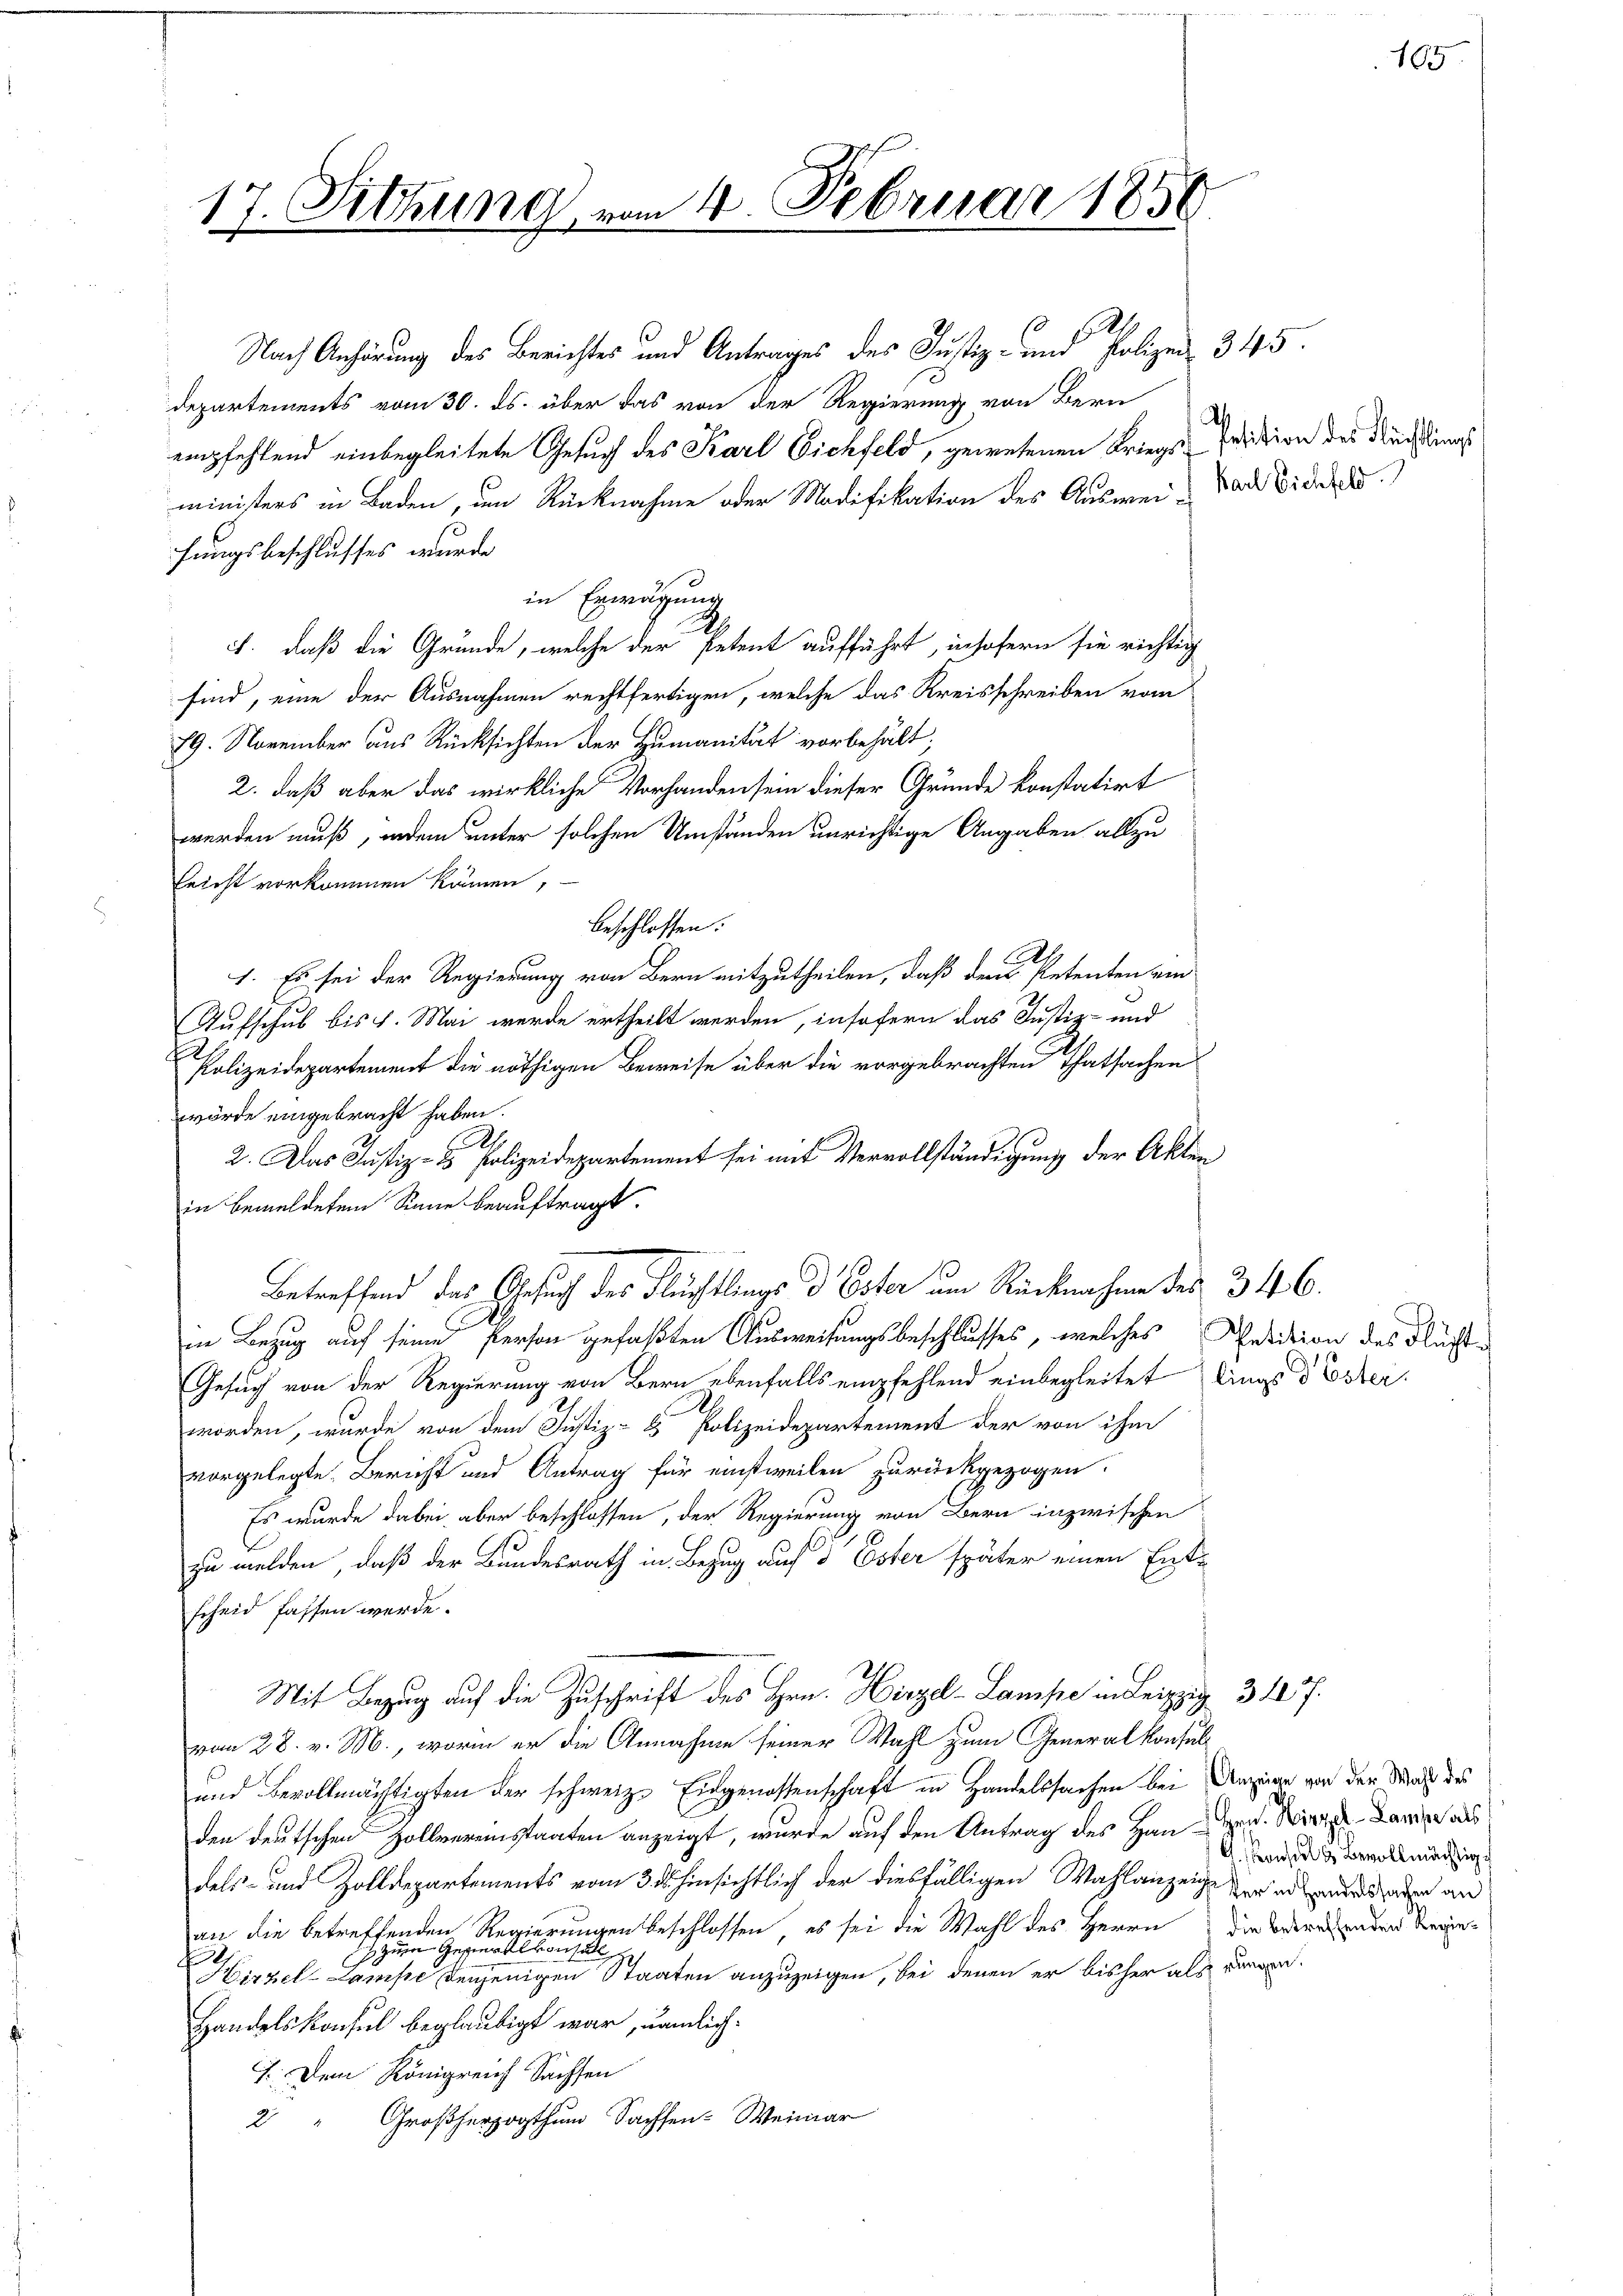
17. Sitzung vom 4. Februar 1850

Nach Anhörung des Berichtes und Antrages des Justiz- und Polizei 345.
Departements vom 30. ds. über das von der Regierung von Bern
empfehlend einbegleitete Gesuch des Karl Eichfeld, gewesenen Kriegsministers in Baden, um Rücknahme oder Modifikation des Auswei- da wider
hungsbeschlusses wurde
in Erwägung
2.
ct. daß die Gründe, welche der Petent aufführt, insofern sie richtig
sind, eine der Ausnahmen rechtfertigen, welche das Kreisschreiben vom
79. November aus Rücksichten der Humanität vorbehält.
2. daß aber das wirkliche Vorhanden sein dieser Gründe konstatirt
werden muß, indem unter solchen Umständen unrichtige Angaben allzu
Ericht vorkommen können,
beschlossen:
1. Es sei der Regierung von Bern mitzutheilen, daß den Petenten ein
Aufschub bis 1. Mai werde ertheilt werden, insofern das Justiz- und
Polizeidepartement die nöthigen Beweise über die vorgebrachten Thatsachen
Gesuch von der Regierung von Bern ebenfalls empfehlend einbegleitet dings d Ester
2
worden, wurde von dem Justiz- & Polizeidepartement der von ihm
vorgelegte Bericht und Antrag für einstweilen zurückgezogen.
Es wurde dabei, aber beschlossen, der Regierung von Bern inzwischen
zu melden, daß der Bundesrath in Bezug auf d Ester später einen Ent-
scheid fassen werde.
Mit Bezug auf die Zuschrift des Hrn. Hirzel-Lande in Leipzig 31
vom 28. v. M., worin er die Annahme seiner Wahl zum Generalkonsul
und Bevollmächtigten der schweiz. Eidgenossenschaft in Handelssachen bei Anzeige von der Maße des
den deutschen Zollvereinstaaten anzeigt, wurde auf den Antrag des Hausen. Wieder Lampe aus
dels- und Zolldepartements vom 30. hinsichtlich der diesfälligen Wahlanzeige der ad sagen an
an die betreffenden Regierungen beschlossen, es sei die Wahl des Herrn die Verehenden Regiezum Gesert kausall ich
f
E
Hirzel-Lampe denjenigen Staaten anzuzeigen, bei denen er bisher als wären.
Handelskonsul beglaubigt war, nämlich¬
7. Dem Königreich Sachsen
2 " Großherzogthum Sachsen-Weimar

wörde eingebracht haben.
A
2. Das Justiz- & Polizeidepartement sei mit Vervollständigung der Akten
in bemeldetem Sinne beauftragt.
Betreffend das Gesuch des Flüchtlings d Ester um Rücknahme des 346.
in Bezug auf seine Person gefaßten Ausweisungsbeschlusses, welches Petition des Flucht

128

Petition des Flüchtlings

G. Konsul d Bevollmächtig

185